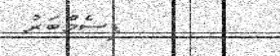
ޑިސެމްބަރު